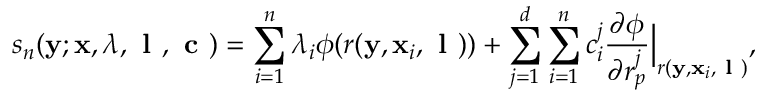
s _ { n } ( \ensuremath { \mathbf { y } } ; \ensuremath { \mathbf { x } } , \boldsymbol { \lambda } , \textbf { l } , \textbf { c } ) = \sum _ { i = 1 } ^ { n } \lambda _ { i } \phi ( r ( \ensuremath { \mathbf { y } } , \ensuremath { \mathbf { x } } _ { i } , \textbf { l } ) ) + \sum _ { j = 1 } ^ { d } \sum _ { i = 1 } ^ { n } c _ { i } ^ { j } \ensuremath { \frac { \partial \phi } { \partial r _ { p } ^ { j } } } \Bigr | _ { r ( \ensuremath { \mathbf { y } } , \ensuremath { \mathbf { x } } _ { i } , \textbf { l } ) } ,